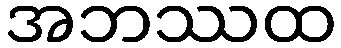
အဘဿထ